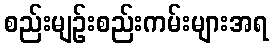
စည်းမျဉ်းစည်းကမ်းများအရ